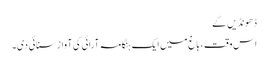
ڈھونڈیں گے
اس وقت ، باغ میں ایک ہنگامہ آرائی کی آواز سنائی دی۔